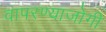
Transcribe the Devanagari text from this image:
वापरण्याजोगी